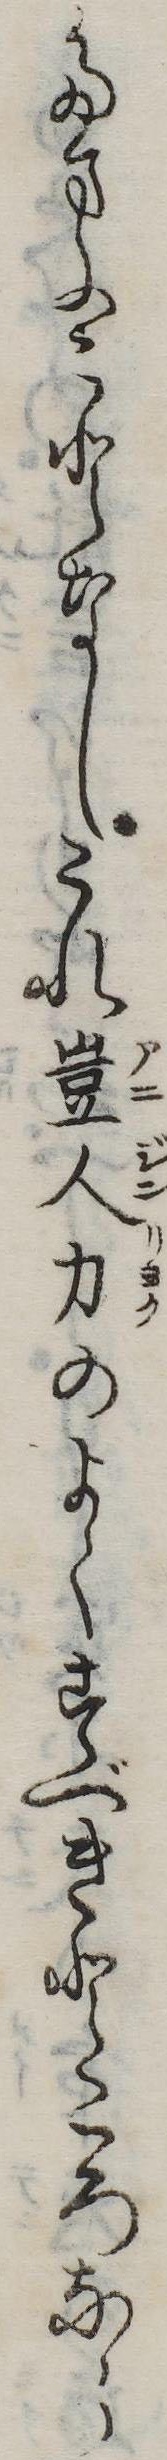
たまふことなしこれ豈人力のよくすべきところなら